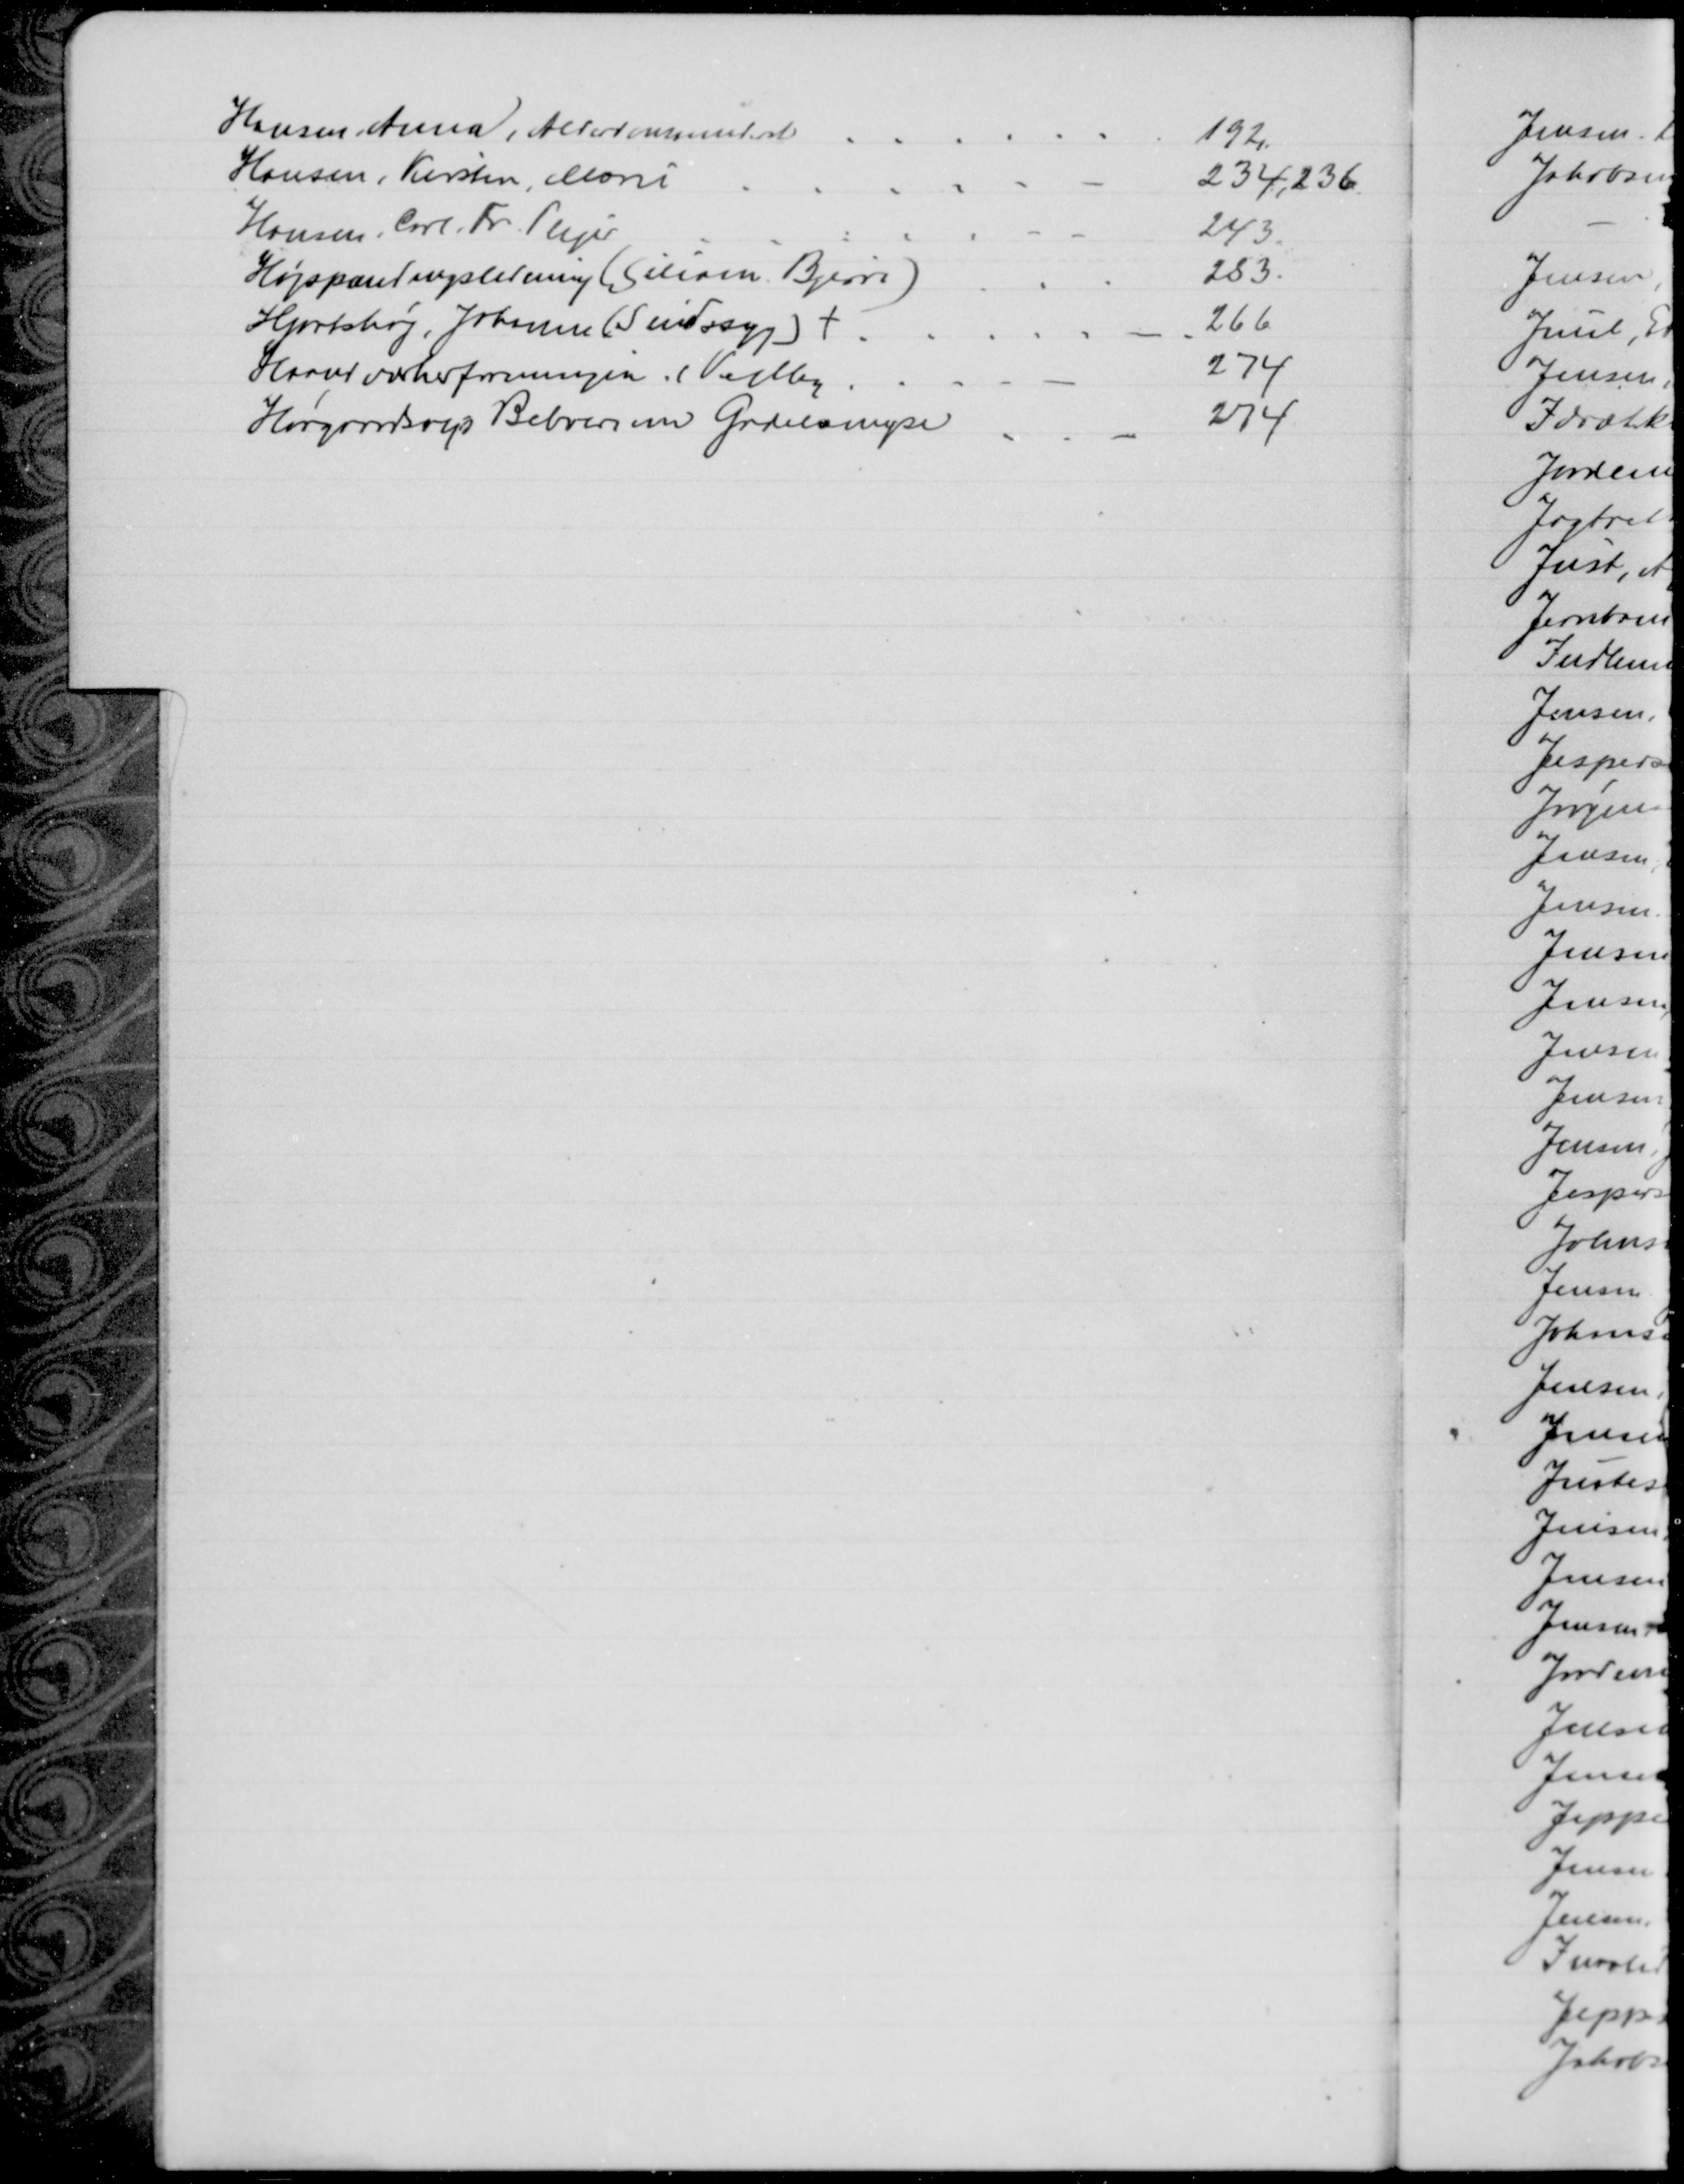
Transskription:
Hansen, Anna, Alderdomsunderst.
192,
Hansen, Kirsten, Marie
234, 236.
Hansen, Carl Fr. Plejer
243
Højspændingsledning (Siliam Bjerre)
253.
Hjortshøj, Johanne (Sindssyg) †
266
Haandværkerforeningen i Vejlby
274
Hørgaardsvejs Beboere om Gadelampe
274